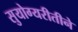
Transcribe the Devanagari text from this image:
सुयोग्यरीतीने